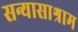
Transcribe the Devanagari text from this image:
सन्यासाश्राम